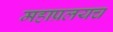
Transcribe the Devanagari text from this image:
महाप्रलयच